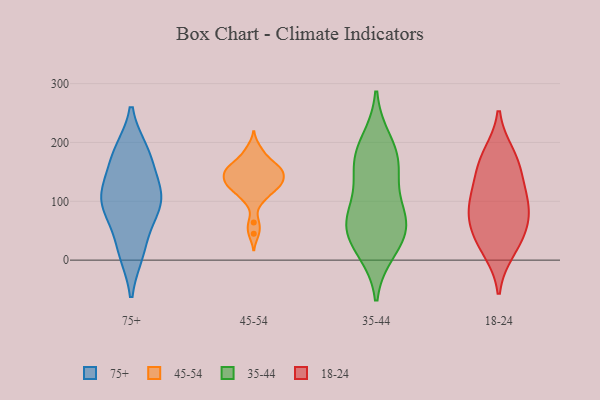
{"axis": {"x": "Tickets Resolved", "y": "Value"}, "legend": ["18-24", "35-44", "45-54", "75+"], "data": [{"x": "", "y": 99, "type": "75+"}, {"x": "", "y": 14, "type": "75+"}, {"x": "", "y": 180, "type": "75+"}, {"x": "", "y": 92, "type": "75+"}, {"x": "", "y": 117, "type": "75+"}, {"x": "", "y": 70, "type": "75+"}, {"x": "", "y": 173, "type": "75+"}, {"x": "", "y": 16, "type": "75+"}, {"x": "", "y": 116, "type": "75+"}, {"x": "", "y": 183, "type": "75+"}, {"x": "", "y": 107, "type": "75+"}, {"x": "", "y": 177, "type": "45-54"}, {"x": "", "y": 149, "type": "45-54"}, {"x": "", "y": 130, "type": "45-54"}, {"x": "", "y": 191, "type": "45-54"}, {"x": "", "y": 157, "type": "45-54"}, {"x": "", "y": 106, "type": "45-54"}, {"x": "", "y": 123, "type": "45-54"}, {"x": "", "y": 45, "type": "45-54"}, {"x": "", "y": 152, "type": "45-54"}, {"x": "", "y": 64, "type": "45-54"}, {"x": "", "y": 137, "type": "45-54"}, {"x": "", "y": 167, "type": "45-54"}, {"x": "", "y": 135, "type": "45-54"}, {"x": "", "y": 129, "type": "45-54"}, {"x": "", "y": 153, "type": "45-54"}, {"x": "", "y": 124, "type": "45-54"}, {"x": "", "y": 103, "type": "45-54"}, {"x": "", "y": 155, "type": "45-54"}, {"x": "", "y": 55, "type": "35-44"}, {"x": "", "y": 200, "type": "35-44"}, {"x": "", "y": 79, "type": "35-44"}, {"x": "", "y": 33, "type": "35-44"}, {"x": "", "y": 59, "type": "35-44"}, {"x": "", "y": 161, "type": "35-44"}, {"x": "", "y": 174, "type": "35-44"}, {"x": "", "y": 80, "type": "35-44"}, {"x": "", "y": 152, "type": "35-44"}, {"x": "", "y": 18, "type": "35-44"}, {"x": "", "y": 72, "type": "18-24"}, {"x": "", "y": 17, "type": "18-24"}, {"x": "", "y": 109, "type": "18-24"}, {"x": "", "y": 104, "type": "18-24"}, {"x": "", "y": 54, "type": "18-24"}, {"x": "", "y": 32, "type": "18-24"}, {"x": "", "y": 168, "type": "18-24"}, {"x": "", "y": 83, "type": "18-24"}, {"x": "", "y": 179, "type": "18-24"}, {"x": "", "y": 146, "type": "18-24"}]}